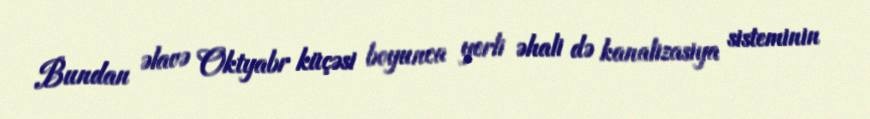
Bundan əlavə Oktyabr küçəsi boyunca yerli əhali də kanalizasiya sisteminin